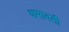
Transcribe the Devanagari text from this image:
क्षमावती